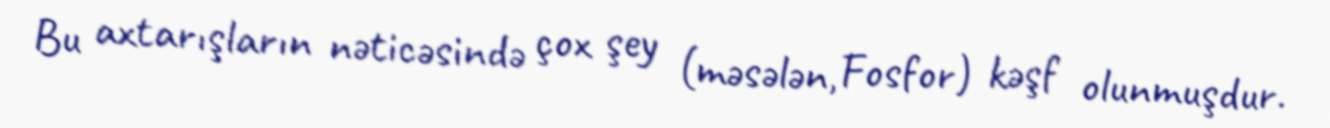
Bu axtarışların nəticəsində çox şey (məsələn, Fosfor) kəşf olunmuşdur.